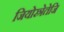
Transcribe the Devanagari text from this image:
जियोस्त्रेतेजि